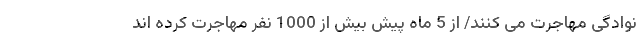
نوادگی مهاجرت می کنند/ از 5 ماه پیش بیش از 1000 نفر مهاجرت کرده اند